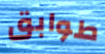
طوابق